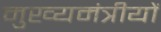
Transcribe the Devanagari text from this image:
मुख्यमंत्रीयों